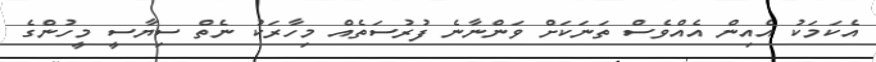
އެކަމަކު އެއިން އެއްވެސް ތަނަކަށް ވަންނާނެ ފުރުސަތެއް މިހާރަކު ނެތް ސިޔާސީ މީހުންގެ